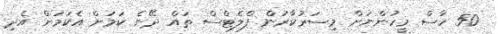
50 ހާސް މީހުންނަށް މިސަރުކާރުން ފްލެޓްސް ތައް ދޭނެ ކަމަށް އެކަމަށް އެދި